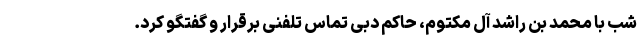
شب با محمد بن راشد آل مکتوم، حاکم دبی تماس تلفنی برقرار و گفتگو کرد.